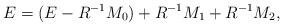
LaTeX: \begin{align*}E=(E-R^{-1}M_0)+R^{-1}M_1+R^{-1}M_2,\end{align*}